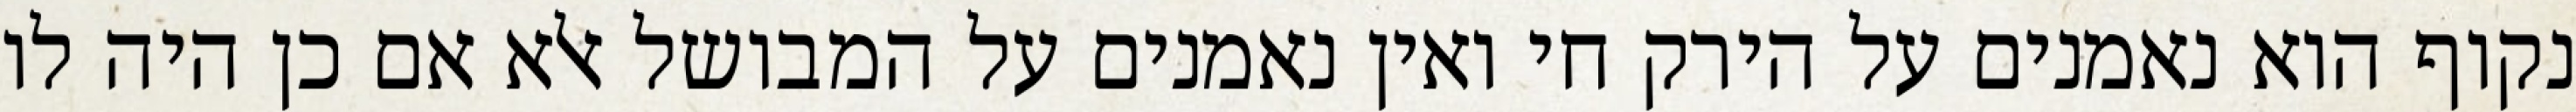
נקוף הוא נאמנים על הירק חי ואין נאמנים על המבושל אלא אם כן היה לו